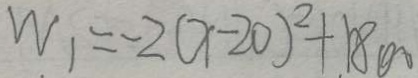
W _ { 1 } = - 2 ( x - 2 0 ) ^ { 2 } + 1 8 0 0